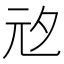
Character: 𭀞